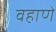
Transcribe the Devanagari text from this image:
वहाणे